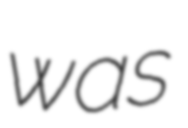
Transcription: was